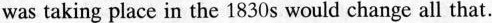
was taking place in the 1830 s would change all that.